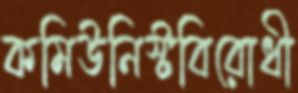
কমিউনিস্টবিরোধী